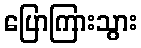
ပြောကြားသွား